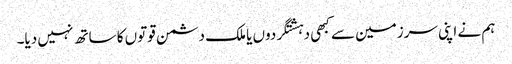
ہم نے اپنی سرزمین سے کبھی دہشتگردوں یا ملک دشمن قوتوں کا ساتھ نہیں دیا۔